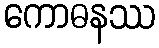
ကောဓနဿ